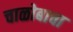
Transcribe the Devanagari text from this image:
चाळोबाचा